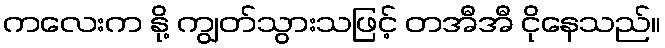
ကလေးက နို့ ကျွတ်သွားသဖြင့် တအီအီ ငိုနေသည်။